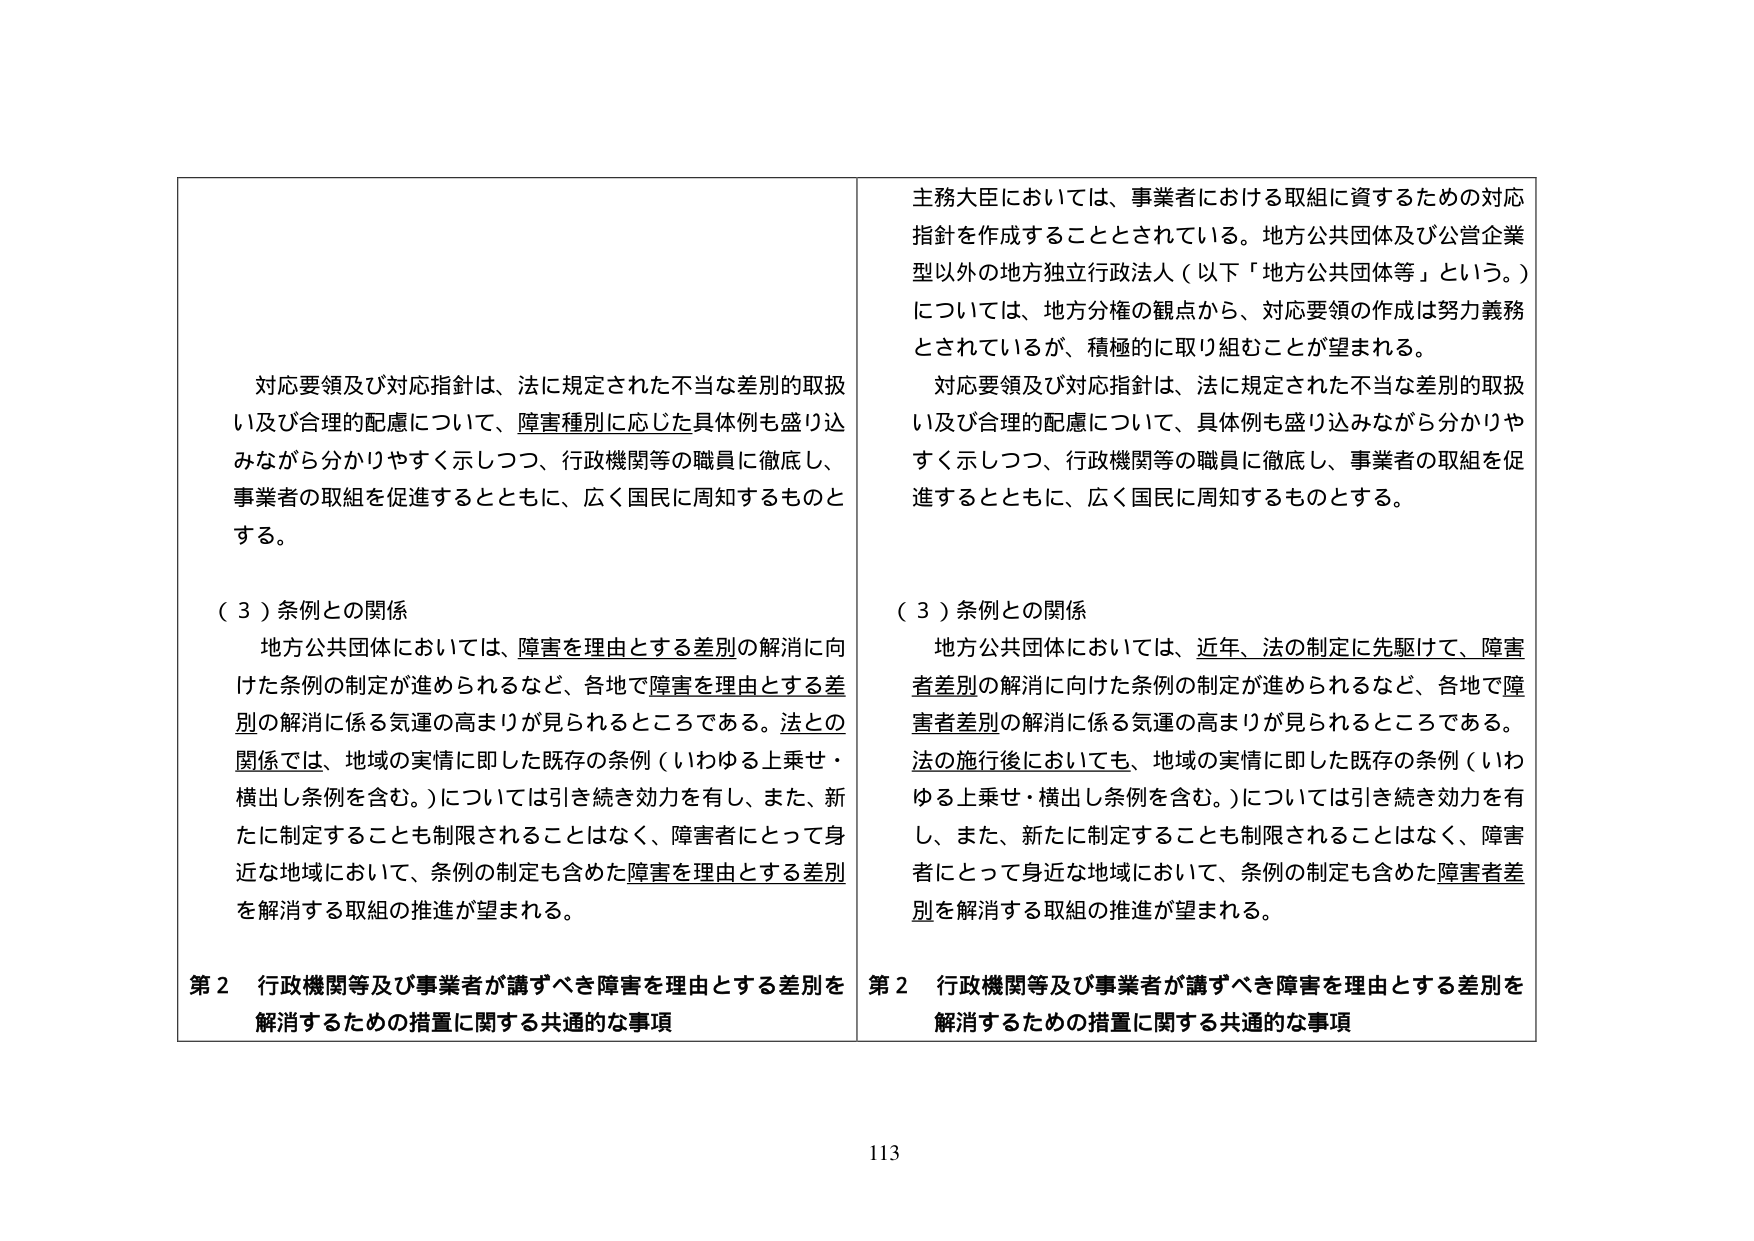
対応要領及び対応指針は、法に規定された不当な差別的取扱い及び合理的配慮について、障害種別に応じた具体例も盛り込みながら分かりやすく示しつつ、行政機関等の職員に徹底し、事業者の取組を促進するとともに、広く国民に周知するものとする。

（３）条例との関係
地方公共団体においては、障害を理由とする差別の解消に向けた条例の制定が進められるなど、各地で障害を理由とする差別の解消に係る気運の高まりが見られるところである。法との関係では、地域の実情に即した既存の条例（いわゆる上乗せ・横出し条例を含む。）については引き続き効力を有し、また、新たに制定することも制限されることはない、障害者にとって身近な地域において、条例の制定も含めた障害を理由とする差別を解消する取組の推進が望まれる。

第２ 行政機関等及び事業者が講ずべき障害を理由とする差別を解消するための措置に関する共通的な事項

主務大臣においては、事業者における取組に資するための対応指針を作成することとされている。地方公共団体及び公営企業型以外の地方独立行政法人（以下「地方公共団体等」という。）については、地方分権の観点から、対応要領の作成は努力義務とされているが、積極的に取り組むことが望まれる。
対応要領及び対応指針は、法に規定された不当な差別的取扱い及び合理的配慮について、具体例も盛り込みながら分かりやすく示しつつ、行政機関等の職員に徹底し、事業者の取組を促進するとともに、広く国民に周知するものとする。

（３）条例との関係
地方公共団体においては、近年、法の制定に先駆けて、障害者差別の解消に向けた条例の制定が進められるなど、各地で障害者差別の解消に係る気運の高まりが見られるところである。法の施行後においても、地域の実情に即した既存の条例（いわゆる上乗せ・横出し条例を含む。）については引き続き効力を有し、また、新たに制定することも制限されることはない、障害者にとって身近な地域において、条例の制定も含めた障害者差別を解消する取組の推進が望まれる。

第２ 行政機関等及び事業者が講ずべき障害を理由とする差別を解消するための措置に関する共通的な事項

113